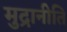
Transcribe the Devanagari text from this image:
मुद्रानीति